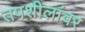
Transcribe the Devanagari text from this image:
तपशीलांवर